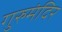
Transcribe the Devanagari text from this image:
गुरुमंदिर